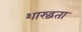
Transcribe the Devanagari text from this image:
शारद्धता